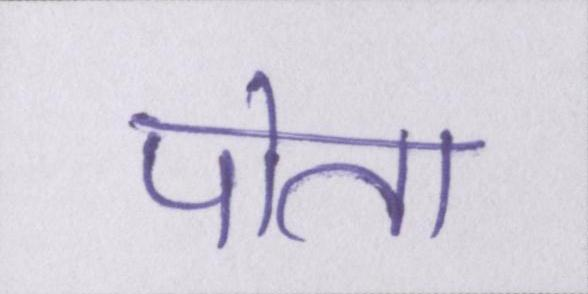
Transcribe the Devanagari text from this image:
पोता